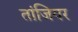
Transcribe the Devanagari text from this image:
तांजियर